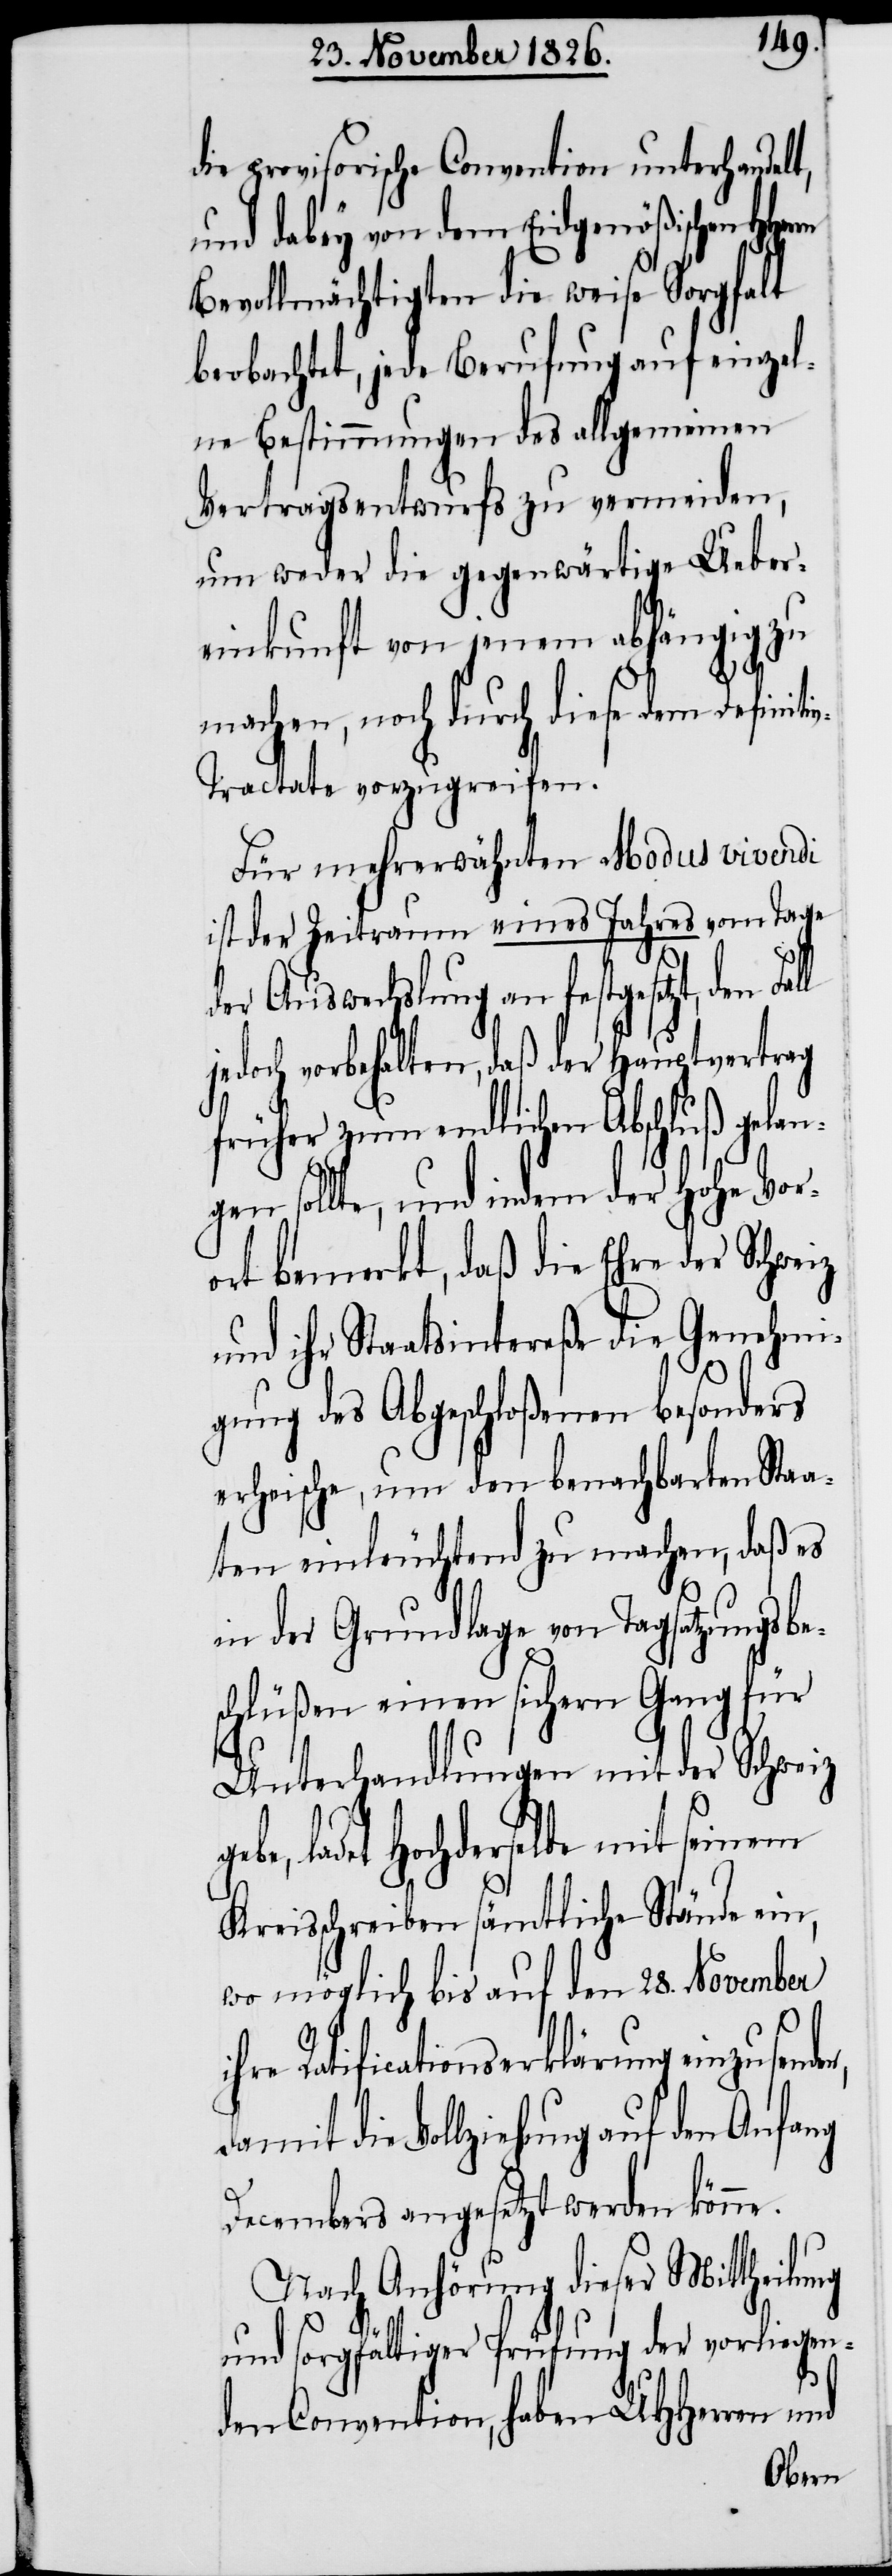
die provisorische Convention unterhandelt,
en,
und dabey von dem Eidgenößischen HHerrn
Bevollmächtigten die weise Sorgfalt
beobachtet, jede Berufung auf einzel¬
ne Bestimmungen des allgemeinen
Vertragsentwurfs zu vermeiden,
um weder die gegenwärtige Ueber¬
einkunft von jenem abhängig zu
machen, noch durch diese dem Definiti¬
v-Tractate vorzugreifen.
Für mehrerwähnten Modus vivendi
ist der Zeitraum eines Jahres vom Tage
der Auswechslung an festgesetzt, den Fa¬
jedoch vorbehalten, daß der Hauptvertrag
früher zum endlichen Abschluß gelan¬
gen sollte, und indem der hohe Vor¬
ort bemerkt, daß die Ehre der Schwe¬
und ihr Staatsintereße die Genehmi¬
gung des abgeschloßenen besonders
erheische, um den benachbarten Staa¬
ten einleuchtend zu machen, daß es
in der Grundlage von Tagsatzungsbe¬
schlüßen einen sichern Gang für
Unterhandlungen mit der Schweiz
i¬
ebe, ladet Hochderselbe mit seinem
Kreisschreiben sämtliche Stände ein,
wo möglich bis auf den 28. November
hre Ratificationserklärung einzusend¬
die Vollziehung auf den Anfang
Decembers angesetzt werden könne.
Nach Anhörung dieser Mittheilung
und sorgfältiger Prüfung der vorliegen¬
den Convention, haben UHHerren und